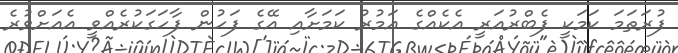
ފުރަތަމަ ކަމަކީ ފެބްރުއަރީ އެކެއްގެ އަމުރު ކަމަށާއި އޭގެ ފަހުން ފާހަގަކުރެއްވީ އެއަށްވުރެ